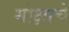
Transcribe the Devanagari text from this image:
मोक्षाचे